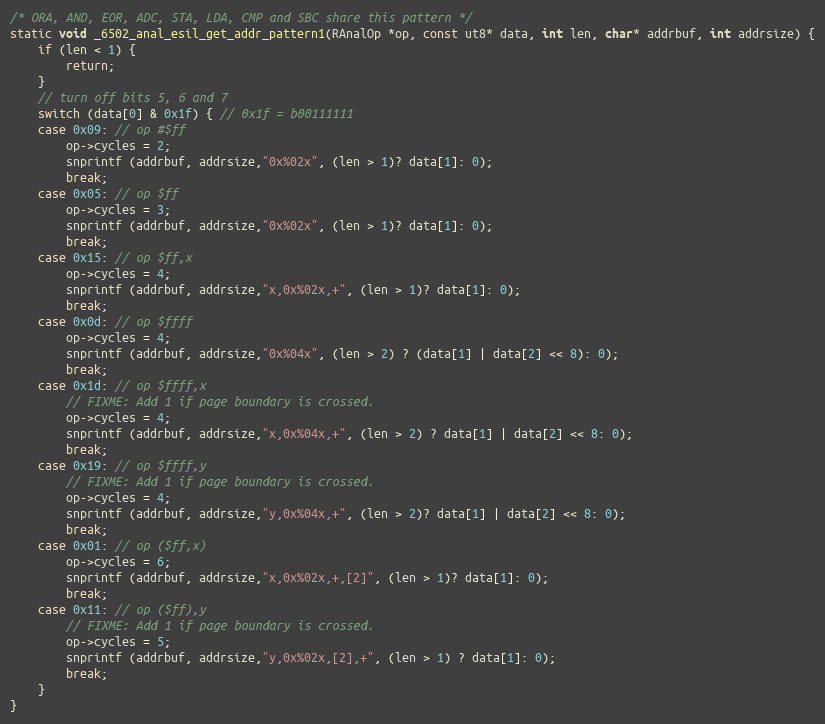
Language: C
/* ORA, AND, EOR, ADC, STA, LDA, CMP and SBC share this pattern */
static void _6502_anal_esil_get_addr_pattern1(RAnalOp *op, const ut8* data, int len, char* addrbuf, int addrsize) {
	if (len < 1) {
		return;
	}
	// turn off bits 5, 6 and 7
	switch (data[0] & 0x1f) { // 0x1f = b00111111
	case 0x09: // op #$ff
		op->cycles = 2;
		snprintf (addrbuf, addrsize,"0x%02x", (len > 1)? data[1]: 0);
		break;
	case 0x05: // op $ff
		op->cycles = 3;
		snprintf (addrbuf, addrsize,"0x%02x", (len > 1)? data[1]: 0);
		break;
	case 0x15: // op $ff,x
		op->cycles = 4;
		snprintf (addrbuf, addrsize,"x,0x%02x,+", (len > 1)? data[1]: 0);
		break;
	case 0x0d: // op $ffff
		op->cycles = 4;
		snprintf (addrbuf, addrsize,"0x%04x", (len > 2) ? (data[1] | data[2] << 8): 0);
		break;
	case 0x1d: // op $ffff,x
		// FIXME: Add 1 if page boundary is crossed.
		op->cycles = 4;
		snprintf (addrbuf, addrsize,"x,0x%04x,+", (len > 2) ? data[1] | data[2] << 8: 0);
		break;
	case 0x19: // op $ffff,y
		// FIXME: Add 1 if page boundary is crossed.
		op->cycles = 4;
		snprintf (addrbuf, addrsize,"y,0x%04x,+", (len > 2)? data[1] | data[2] << 8: 0);
		break;
	case 0x01: // op ($ff,x)
		op->cycles = 6;
		snprintf (addrbuf, addrsize,"x,0x%02x,+,[2]", (len > 1)? data[1]: 0);
		break;
	case 0x11: // op ($ff),y
		// FIXME: Add 1 if page boundary is crossed.
		op->cycles = 5;
		snprintf (addrbuf, addrsize,"y,0x%02x,[2],+", (len > 1) ? data[1]: 0);
		break;
	}
}